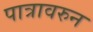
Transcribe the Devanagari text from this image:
पात्रावरुन